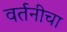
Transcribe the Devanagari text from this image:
वर्तनीचा